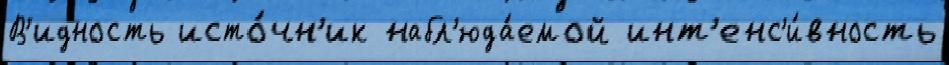
В'идность исто́чн'ик набл'юда́емой инт'енс'и́вность